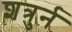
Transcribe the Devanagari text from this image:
शत्रुर्न